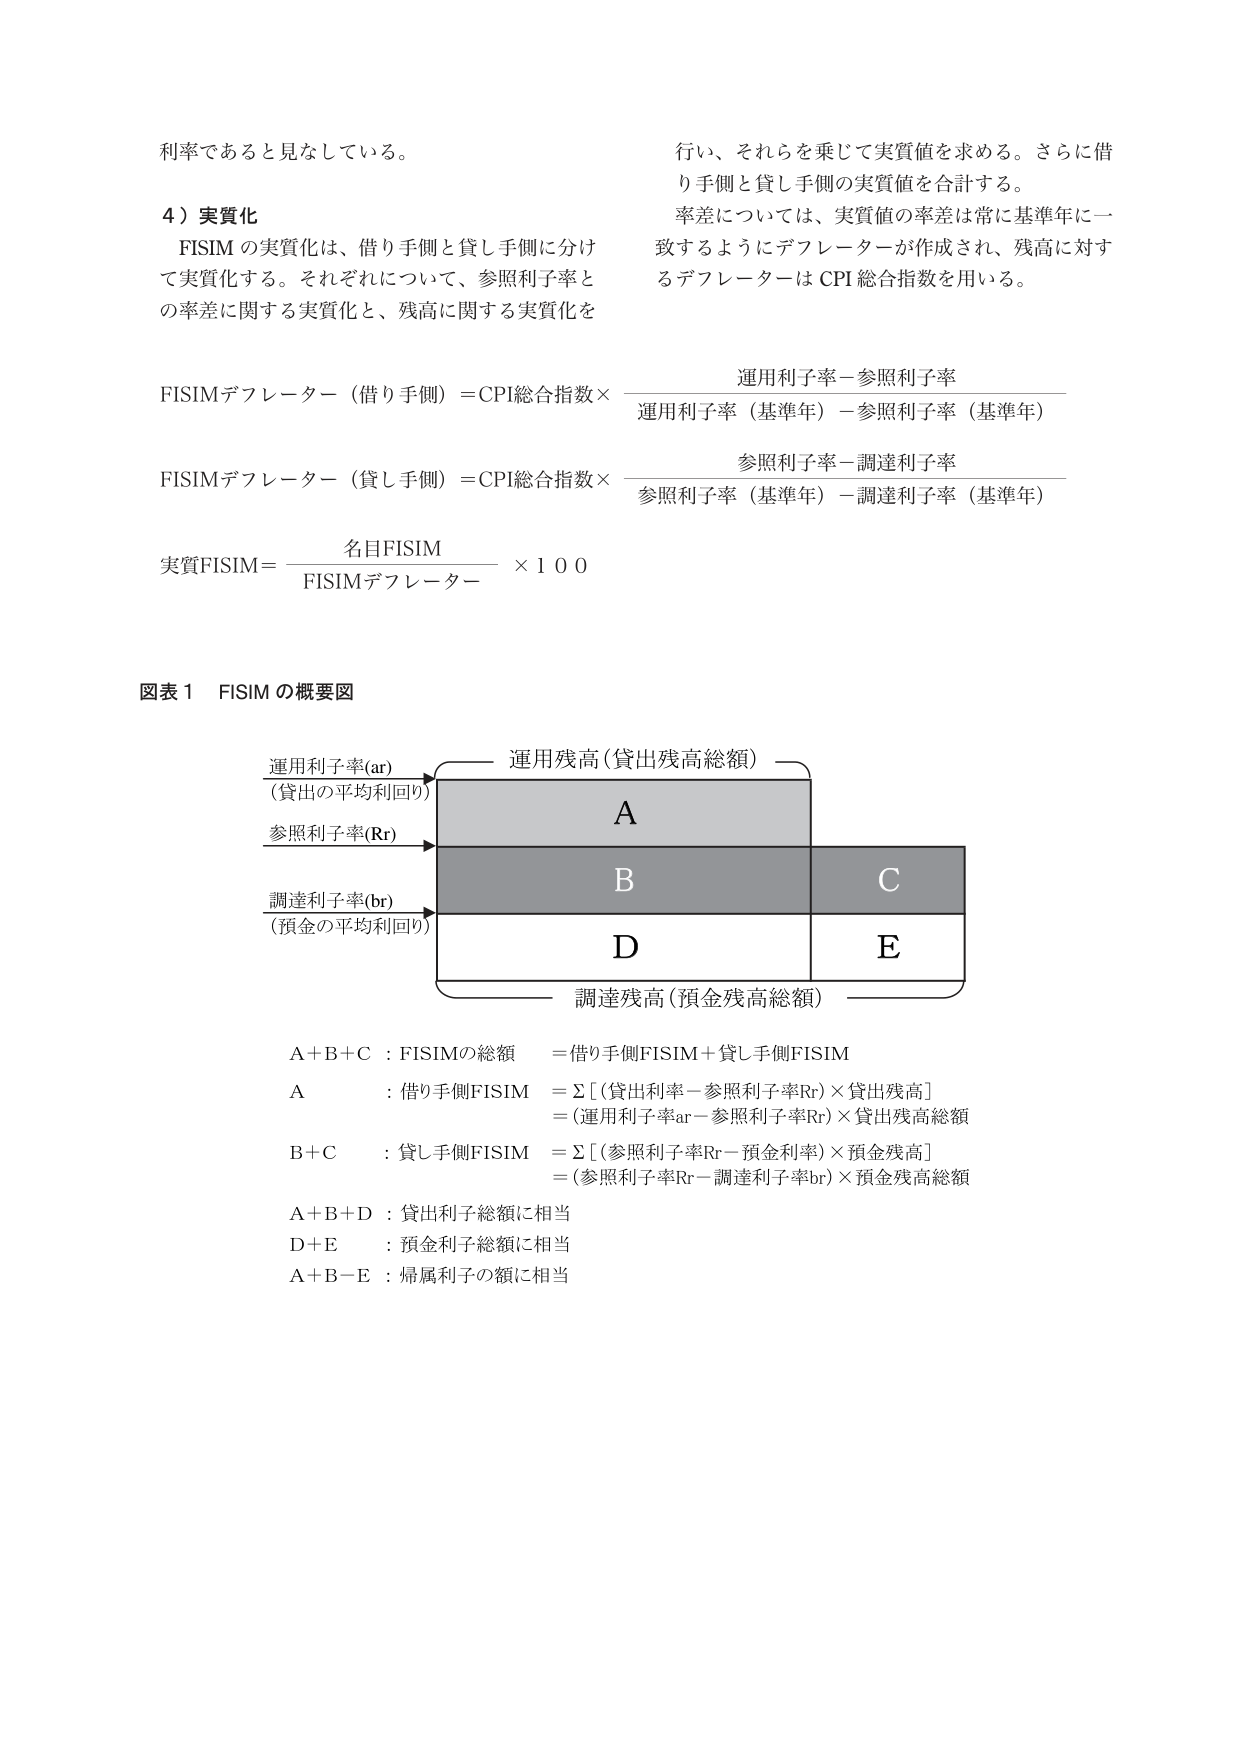
利率であると見なしている。

4）実質化
FISIM の実質化は、借り手側と貸し手側に分けて実質化する。それぞれについて、参照利子率との率差に関する実質化と、残高に関する実質化を

FISIMデフレーター（借り手側）＝CPI総合指数×
　　運用利子率－参照利子率
　　運用利子率（基準年）－参照利子率（基準年）

FISIMデフレーター（貸し手側）＝CPI総合指数×
　　参照利子率－調達利子率
　　参照利子率（基準年）－調達利子率（基準年）

実質FISIM＝　名目FISIM　×100
　　　　　　FISIMデフレーター

行い、それらを乗じて実質値を求める。さらに借り手側と貸し手側の実質値を合計する。
率差については、実質値の率差は常に基準年に一致するようにデフレーターが作成され、残高に対するデフレーターはCPI総合指数を用いる。

図表1　FISIM の概要図

運用利子率(ar)
（貸出の平均利回り）　　　　　　　　　　　　　運用残高（貸出残高総額）
　　　　　　　　　　　　　　　　　　　　　　　　　　A
参照利子率(Rr)　　　　　　　　　　　　　　　　　　　　B　　　　　　C
調達利子率(br)
（預金の平均利回り）　　　　　　　　　　　　　　　　D　　　　　　E
　　　　　　　　　　　　　　　　　　　　　　　　　調達残高（預金残高総額）

A＋B＋C：FISIMの総額　＝借り手側FISIM＋貸し手側FISIM
A　　　：借り手側FISIM　＝Σ［（貸出利率－参照利子率Rr）×貸出残高］
　　　　　　　　　　　　＝（運用利子率ar－参照利子率Rr）×貸出残高総額
B＋C　　：貸し手側FISIM　＝Σ［（参照利子率Rr－預金利率）×預金残高］
　　　　　　　　　　　　＝（参照利子率Rr－調達利子率br）×預金残高総額
A＋B＋D：貸出利子総額に相当
D＋E　　：預金利子総額に相当
A＋B－E：帰属利子の額に相当